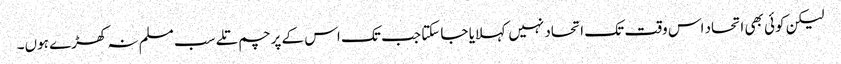
لیکن کوئی بھی اتحاد اس وقت تک اتحاد نہیں کہلایا جا سکتا جب تک اس کے پرچم تلے سب مسلم نہ کھڑے ہوں۔